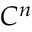
C ^ { n }